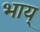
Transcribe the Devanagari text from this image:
भाय्